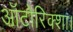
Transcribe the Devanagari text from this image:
ऑटोरिक्शा।